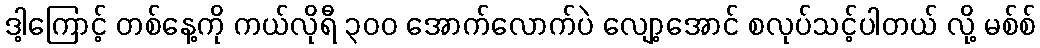
ဒါ့ကြောင့် တစ်နေ့ကို ကယ်လိုရီ ၃၀၀ အောက်လောက်ပဲ လျော့အောင် စလုပ်သင့်ပါတယ် လို့ မစ်စ်